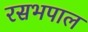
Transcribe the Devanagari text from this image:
रसभपाल